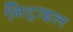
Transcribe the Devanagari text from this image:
निट्राइल